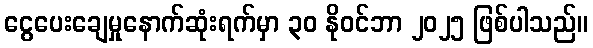
ငွေပေးချေမှုနောက်ဆုံးရက်မှာ ၃၀ နိုဝင်ဘာ ၂၀၂၅ ဖြစ်ပါသည်။